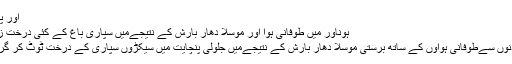
اور پرائمری اور ہائی اسکولس ...
ہوناور میں طوفانی ہوا اور موسلا دھار بارش کے نتیجےمیں سپاری باغ کے کئی درخت زمین بوس: لاکھوں کا نقصان
تعلقہ بھر میں گذشتہ دو تین دنوں سےطوفانی ہواؤں کے ساتھ برستی موسلا دھار بارش کے نتیجےمیں جلولی پنچایت میں سیکڑوں سپاری کے درخت ٹوٹ کر گرنے سے کافی نقصان ہواہے۔